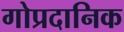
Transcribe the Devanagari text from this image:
गोप्रदानिक